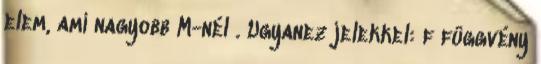
elem, ami nagyobb M-nél . Ugyanez jelekkel: f függvény